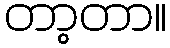
တာ့တာ။